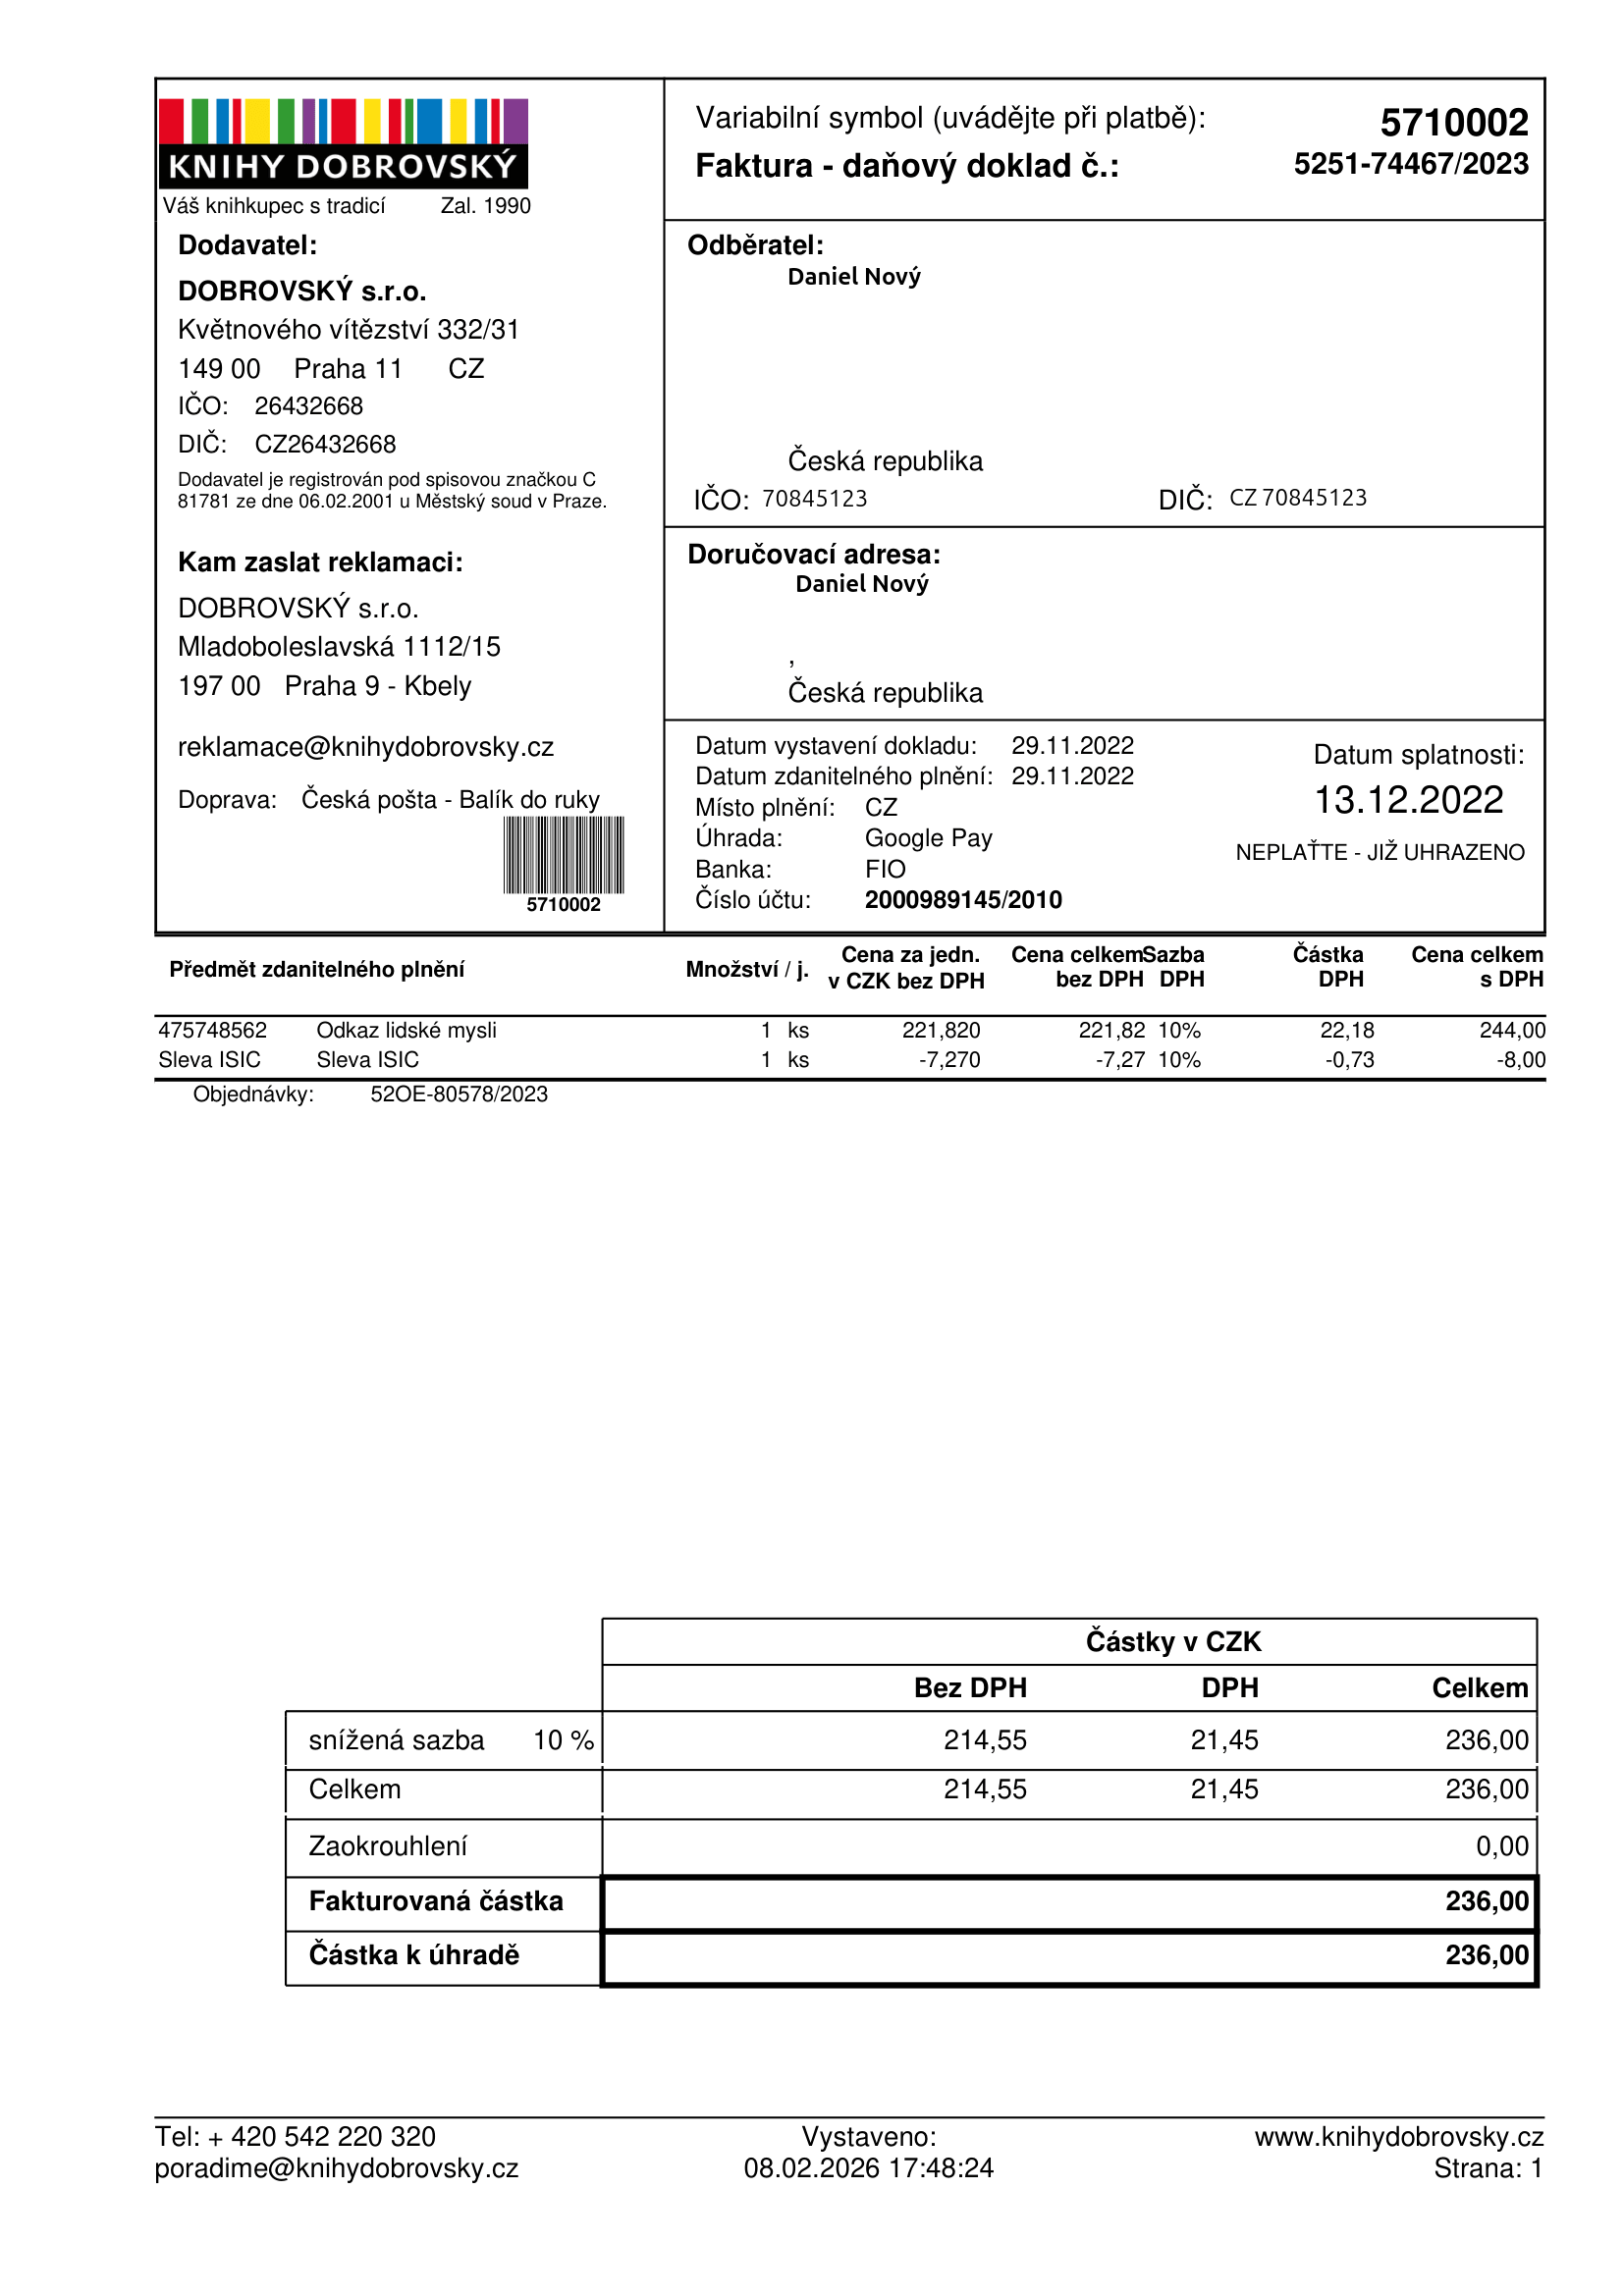
invoice_number: 5251-74467/2023
supp_register_id: 26432668
supp_tax_id: CZ26432668
cust_register_id: 70845123
cust_tax_id: CZ70845123
issue_date: 29.11.2022
taxable_supply_date: 29.11.2022
due_date: 13.12.2022
payment_type: Google Pay
bank_account_number: 2000989145/2010
variable_symbol: 5710002
total: 236,00